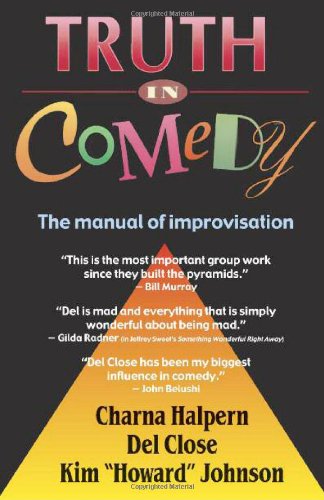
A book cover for Truth in Comedy: The Manual for Improvisation; Charna Halpern; Humor & Entertainment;